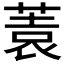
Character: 𱾂